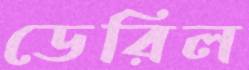
ডেরিল